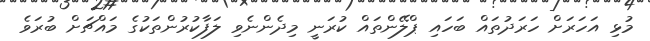
މުޅި އަހަރަށް ހަރަދުތައް ބަހައި ޕްލޭންތައް ކުރަނީ މިދެންނެވި ލަފާކުރުންތަކުގެ މައްޗަށް ބުރަވެ